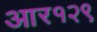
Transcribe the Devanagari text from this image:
आर१२९